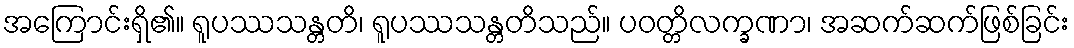
အကြောင်းရှိ၏။ ရူပဿသန္တတိ၊ ရူပဿသန္တတိသည်။ ပဝတ္တိလက္ခဏာ၊ အဆက်ဆက်ဖြစ်ခြင်း